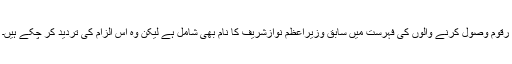
رقوم وصول کرنے والوں کی فہرست میں سابق وزیراعظم نوازشریف کا نام بھی شامل ہے لیکن وہ اس الزام کی تردید کر چکے ہیں۔